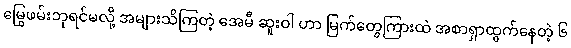
မြွေဖမ်းဘုရင်မလို့ အများသိကြတဲ့ အေမီ ဆူးဝါ ဟာ မြက်တွေကြားထဲ အစာရှာထွက်နေတဲ့ ၆